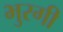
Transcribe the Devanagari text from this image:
भुरगी